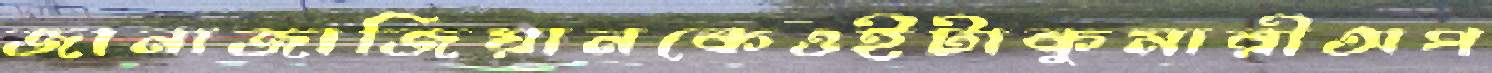
জানাজাজিয়ানকেওইটাকুমারীঅপ